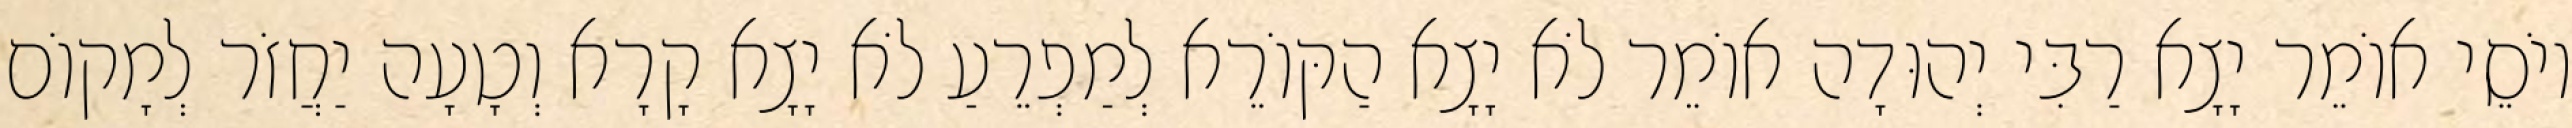
יוֹסֵי אוֹמֵר יָצָא רַבִּי יְהוּדָה אוֹמֵר לֹא יָצָא הַקּוֹרֵא לְמַפְרֵעַ לֹא יָצָא קָרָא וְטָעָה יַחֲזֹר לְמָקוֹם